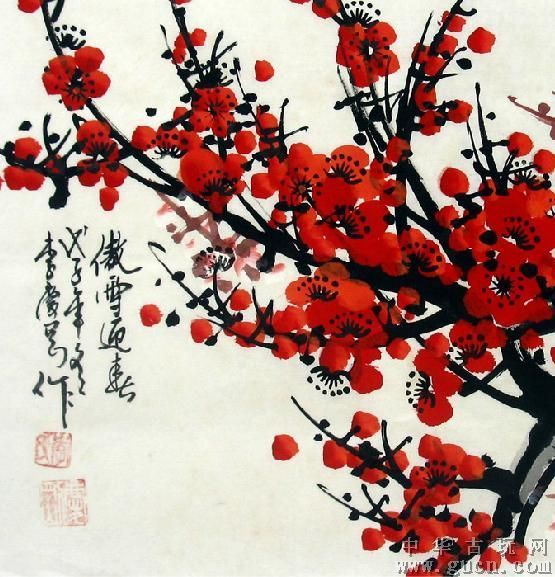
桃未芳菲杏未红，冲寒先喜笑东风。